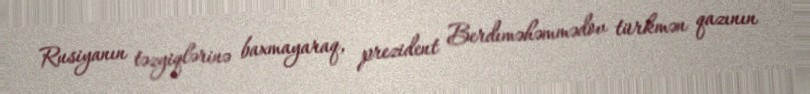
Rusiyanın təzyiqlərinə baxmayaraq, prezident Berdıməhəmmədov türkmən qazının